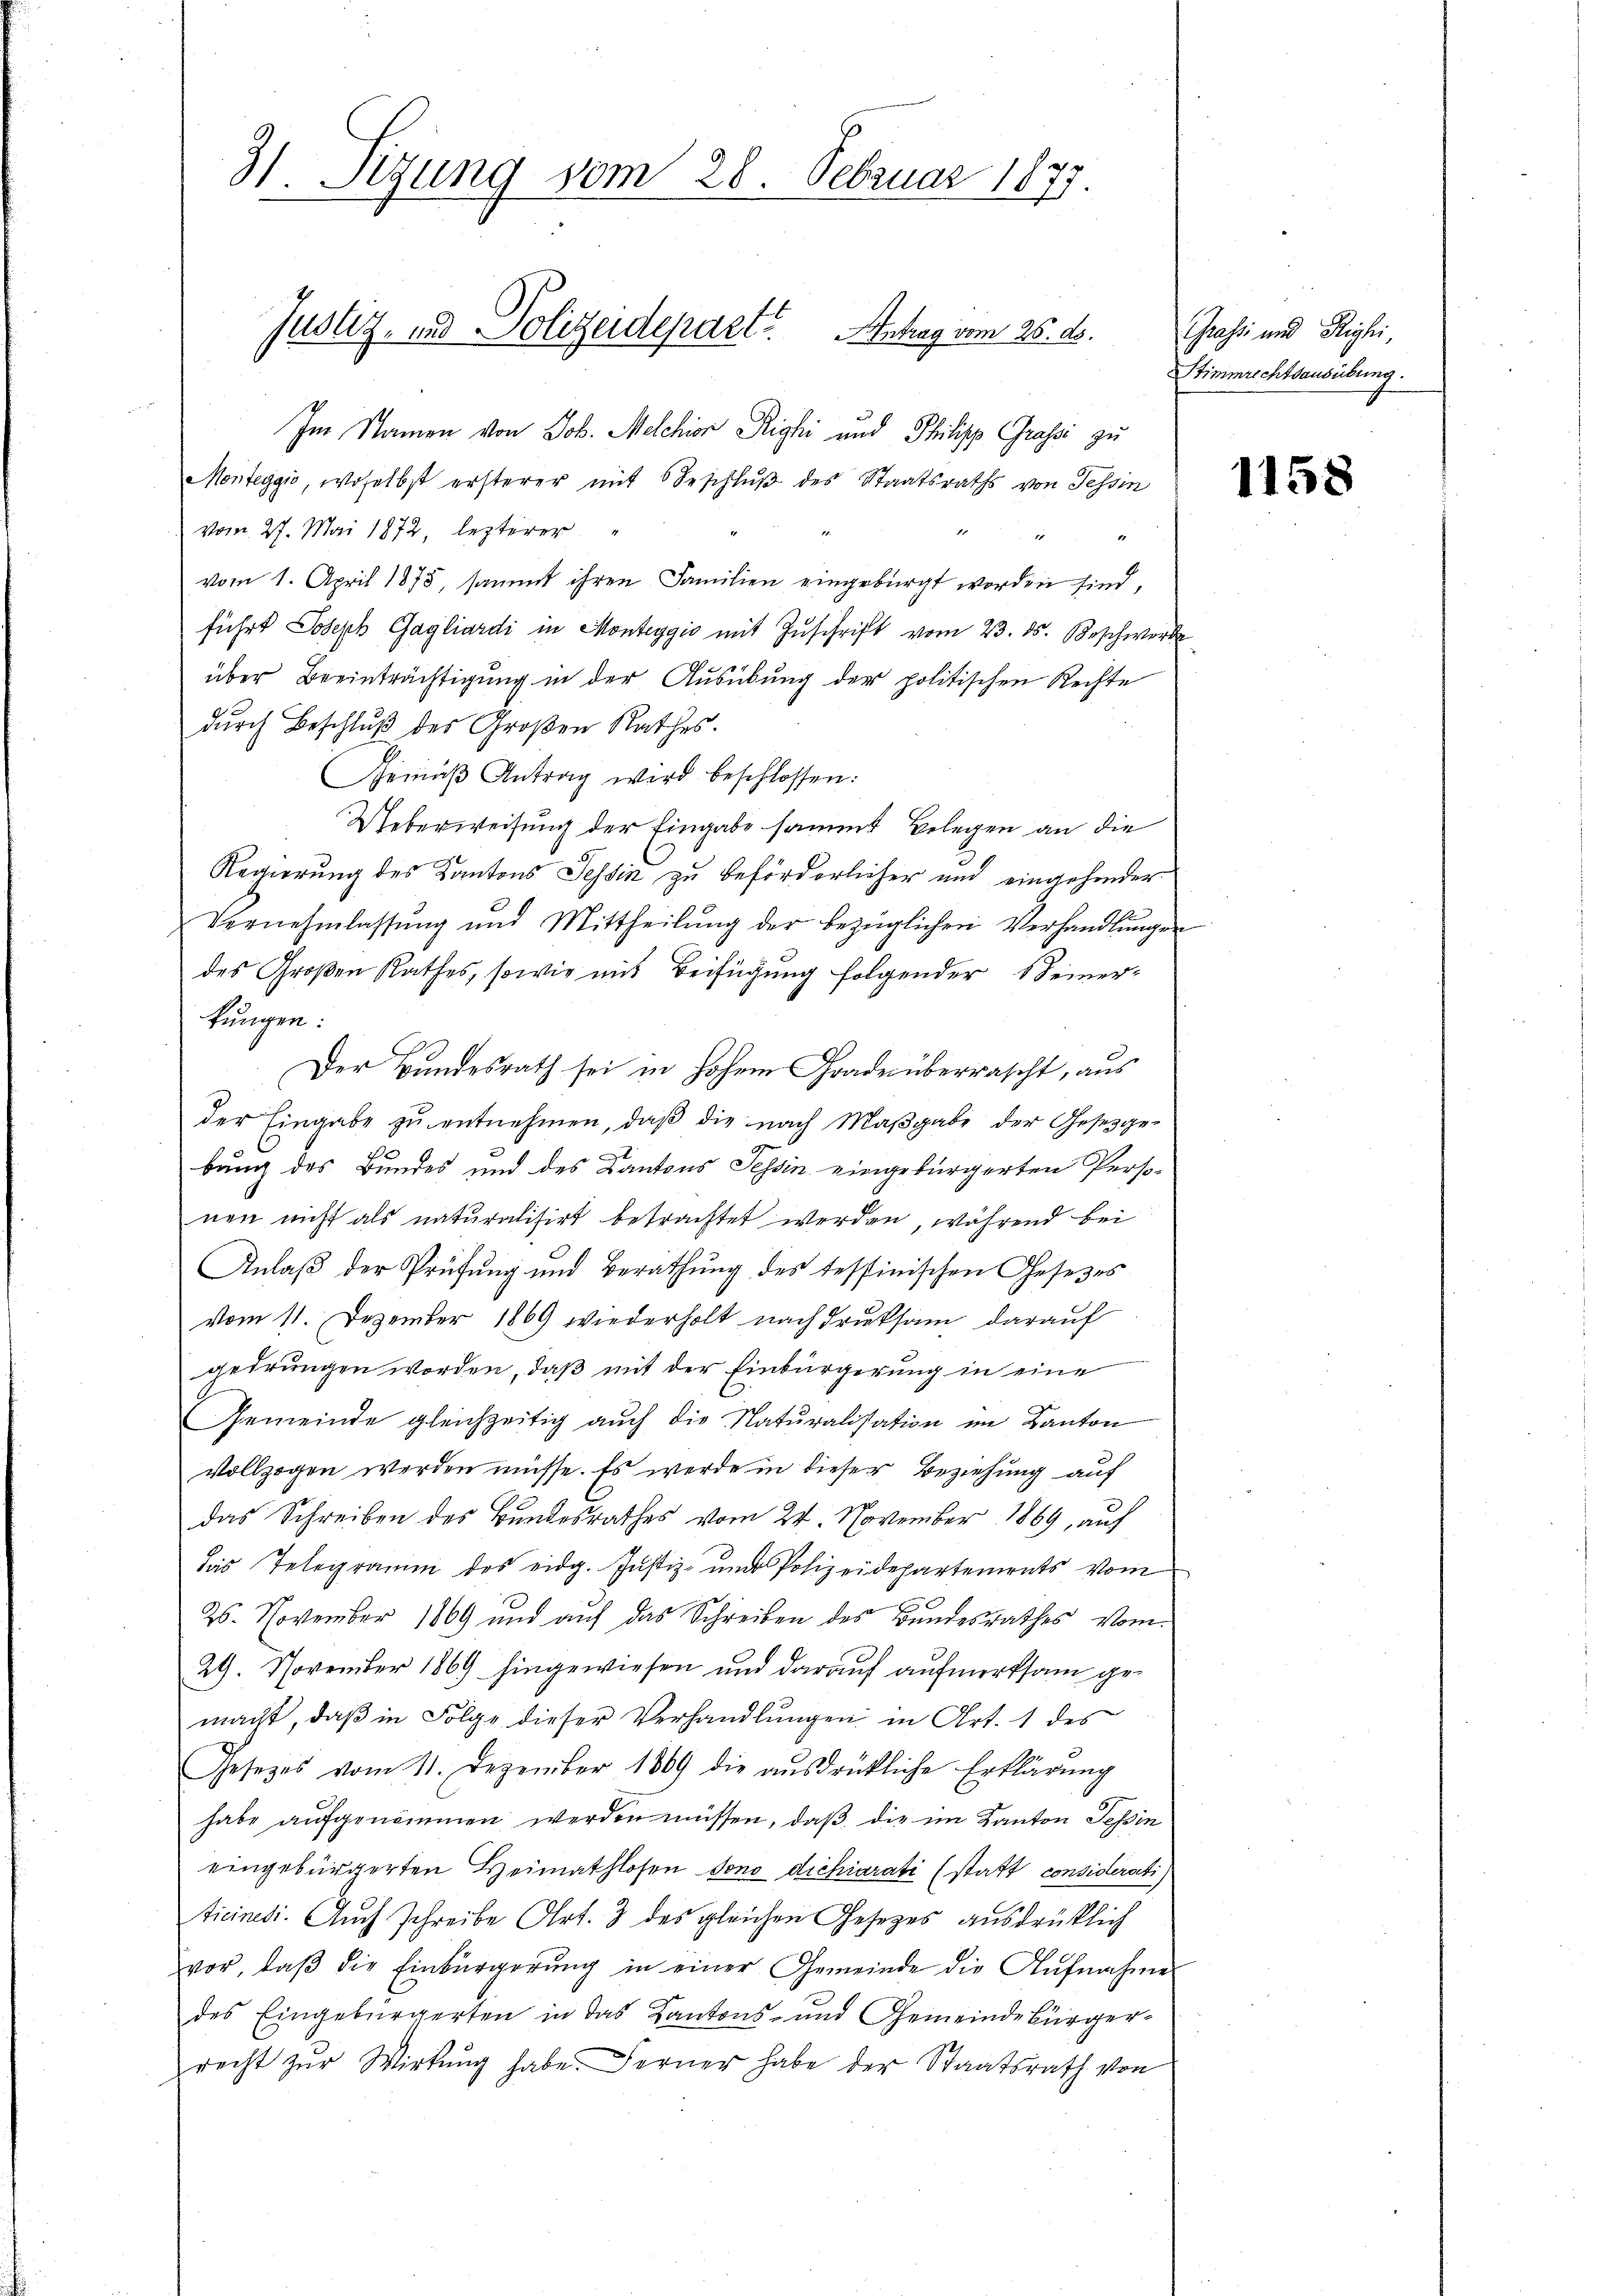
H. Sitzung vom 28. Februar 1879

Justiz- und Polizeidepart. Antrag vom 26. ds.

Im Namen von Joh. Melchior Righi und Philipp Grasi zu
Monteggio, woselbst ersterer mit Beschluß des Staatsraths von Tessin
vom 27. Mai 1872 lezterer
vom 1. April 1875, sammt ihren Familien eingebürgt worden sind,
führt Joseph Gagliardi in Monteggio mit Zuschrift vom 23. ds. Beschwer
über Beeinträchtigung in der Ausübung der politischen Rechte
durch Beschluß des Großen Rathes.
Gemäβ Antrag wird beschlossen:
Ueberweisung der Eingabe sammt Belegen an die
Regierung des Kantons Tessin zu beförderlicher und eingehinder
Vernehmlassŭng und Mittheilŭng der bezüglichen Verhandlŭngen
des Großen Rathes, sowie mit Beifügung folgender Seiner-
kungen:
Der Bundesrath sei in hohem Graderüberrascht, aus
der Eingabe zu entnehmen, daß die nach Maßgabe der Gesetzge-
bung des Bundes und des Kantons Tessin eingebürgerten Personen nicht als naturalisirt betrachtet werden, während bei
Anlaß der Prüfung und Berathung des tessinischen Gesetzes
vom 11. Dezember 1869 wiederholt nachdruksam darauf
gedrungen worden, daß mit der Einbürgerung in eine
Gemeinde gleichzeitig auch die Naturalisation im Kanton
vollzogen werden müsse. Es werde in dieser Beziehung auf
das Schreiben des Bundesrathes vom 24. November 1869, auf
das Telegramm des eidg. Justiz- und Polizeidepartements vom
26. November 1869 und auf das Schreiben des Bundesrathes vom
29. November 1869 hingewiesen und darauf aufmerksam gemacht, daβ in Folge dieser Verhandlŭngen in Art. 1 des
Gesezes vom 11. Dezember 1869 die ausdrückliche Erklärung
habe aufgenommen werden müssen, daß die im Kanton Tessin
eingebürgerten Heimathlosen sono dichiarati (statt considerati
ticinesi. Auch schreibe Art. 3 des gleichen Gesetzes ausdrücklich
vor, daβ die Einbürgerŭng in einer Gemeinde die Aŭfnahme
des Eingebürgerten in das Kantons- und Gemeindebürger-
recht zŭr Wirkŭng habe. Ferner habe der Staatsrath von

Grassi und Righi,
Stimmrechtsausübung.

1158